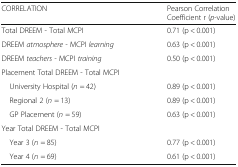
<table><thead><tr><td><b>CORRELATION</b></td><td><b>Pearson Correlation Coefficient r (<i>p</i>-value)</b></td></tr></thead><tbody><tr><td>Total DREEM - Total MCPI</td><td>0.71 (p &lt; 0.001)</td></tr><tr><td>DREEM <i>atmosphere -</i> MCPI <i>learning</i></td><td>0.63 (p &lt; 0.001)</td></tr><tr><td>DREEM <i>teachers -</i> MCPI <i>training</i></td><td>0.50 (p &lt; 0.001)</td></tr><tr><td colspan="2">Placement Total DREEM - Total MCPI</td></tr><tr><td> University Hospital (<i>n</i> = 42)</td><td>0.89 (p &lt; 0.001)</td></tr><tr><td> Regional 2 (<i>n</i> = 13)</td><td>0.89 (p &lt; 0.001)</td></tr><tr><td> GP Placement (<i>n</i> = 59)</td><td>0.63 (p &lt; 0.001)</td></tr><tr><td colspan="2">Year Total DREEM - Total MCPI</td></tr><tr><td> Year 3 (<i>n</i> = 85)</td><td>0.77 (p &lt; 0.001)</td></tr><tr><td> Year 4 (<i>n</i> = 69)</td><td>0.61 (p &lt; 0.001)</td></tr></tbody></table>